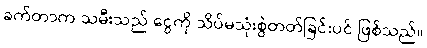
ခက်တာက သမီးသည် ငွေကို သိပ်မသုံးစွဲတတ်ခြင်းပင် ဖြစ်သည်။